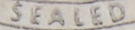
SEALED